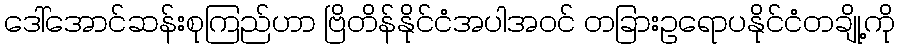
ဒေါ်အောင်ဆန်းစုကြည်ဟာ ဗြိတိန်နိုင်ငံအပါအဝင် တခြားဥရောပနိုင်ငံတချို့ကို